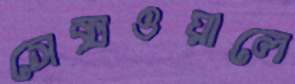
সেক্সওয়ালে